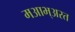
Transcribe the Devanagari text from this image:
मआभ्अरत